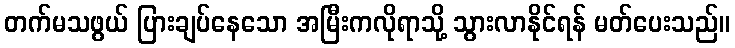
တက်မသဖွယ် ပြားချပ်နေသော အမြီးကလိုရာသို့ သွားလာနိုင်ရန် မတ်ပေးသည်။